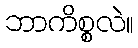
ဘာကိစ္စလဲ။